Annual report on the working of the lock hospitals in the Central Provinces
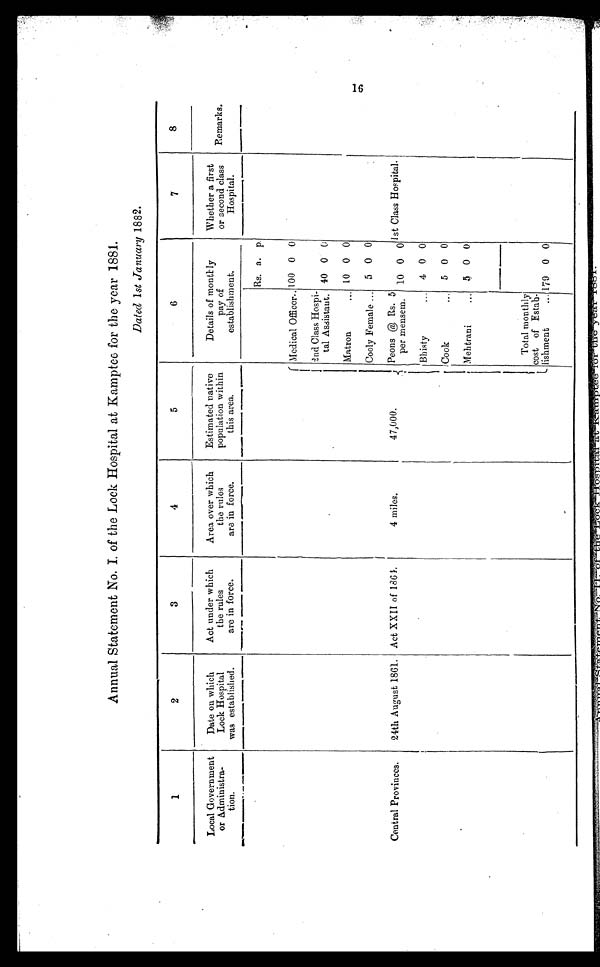
Annual Statement No. I. of the Lock Hospital at Kamptee for the year 1881.
Dated 1st January 1882.
1
2
3
4
5
6
7
8
Local Government
or Administra-
tion.
Date on which
Lock Hospital
was established.
Act under which
the rules
are in force.
Area over which
the rules
are in force.
Estimated native
population within
this area.
Details of
monthly pay of
establishment.
Whether a first
or second class
Hospital.
Remarks.
Rs. a. p.
47,000.
Medical Officer.. 100 0 0
2nd Class Hospi-
tal Assistant. 40 0 0
Matron...
1 0 0 0
Cooly Female... 5 0 0
Central Provinces.
24th August 1861. Act XXII of 1864.
4 miles.
Peons @ Rs. 5
per mensem.
10 0 0
1st Class Hospital.
.
Bhisty...
4 0 0
Cook...
5 0 0
Mehtrani...
5 0 0
Total monthly
cost of Estab-
lishment... 179 0 0